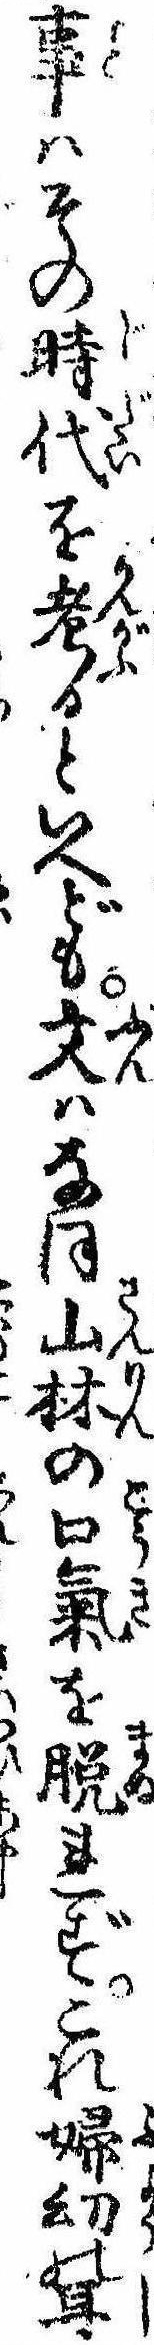
事はその時代を考るといへども文はなほ山林の口気を脱れずこれ婦幼の耳